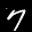
Label: 7